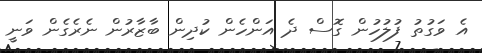
އެ ވަގުތު ފުލުހުން ގޮސް ދެ އަންހެން ކުދިން ބާޒާރުން ނެރެގެން ވަނީ